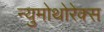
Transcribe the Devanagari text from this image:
न्युमोथोरेक्स